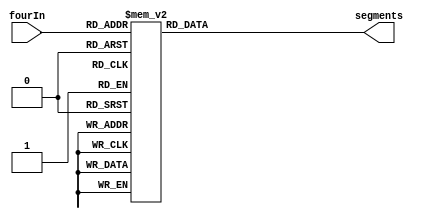
module Decoder2(
    input [3:0] fourIn,
    output reg [6:0] segments
    );
    
    always @ * begin
        case(fourIn)
            0: segments = 7'b100_0000;
            1: segments = 7'b111_1001;
            2: segments = 7'b010_0100;
            3: segments = 7'b011_0000;
            4: segments = 7'b001_1001;
            5: segments = 7'b001_0010;
            6: segments = 7'b000_0010;
            7: segments = 7'b111_1000;
            8: segments = 7'b000_0000;
            9: segments = 7'b001_0000;
            10: segments = 7'b000_1000;
            11: segments = 7'b000_0011;
            12: segments = 7'b100_0110;
            13: segments = 7'b010_0001;
            14: segments = 7'b000_0110;
            15: segments = 7'b000_1110;
            default: segments = 7'b111_1111;
        endcase
    end  
endmodule